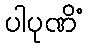
ပါပုဏိံ